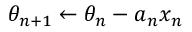
\theta _ { n + 1 } \leftarrow \theta _ { n } - a _ { n } x _ { n }